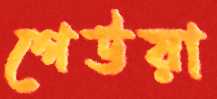
গেউয়া